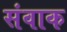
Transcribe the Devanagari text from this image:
संवाक